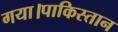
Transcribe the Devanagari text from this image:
गया।पाकिस्तान